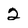
Character: 2